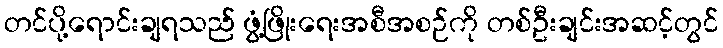
တင်ပို့ရောင်းချရသည် ဖွံ့ဖြိုးရေးအစီအစဉ်ကို တစ်ဦးချင်းအဆင့်တွင်